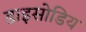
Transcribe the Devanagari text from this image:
डाइसोडिय